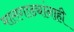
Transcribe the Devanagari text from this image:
मालगाड्यांनाही